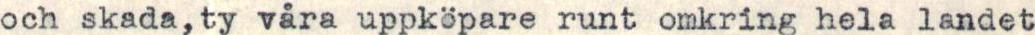
och skada,ty våra uppköpare runt omkring hela landet